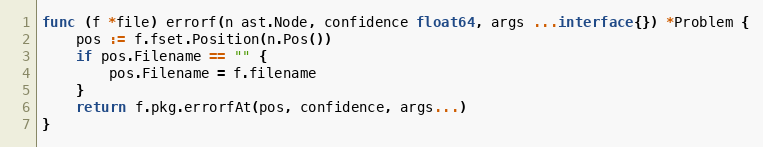
Language: Go
func (f *file) errorf(n ast.Node, confidence float64, args ...interface{}) *Problem {
	pos := f.fset.Position(n.Pos())
	if pos.Filename == "" {
		pos.Filename = f.filename
	}
	return f.pkg.errorfAt(pos, confidence, args...)
}